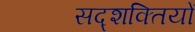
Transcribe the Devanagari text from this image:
सद्शक्तियों